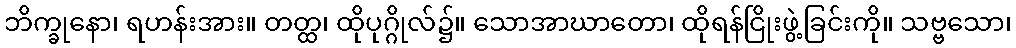
ဘိက္ခုနော၊ ရဟန်းအား။ တတ္ထ၊ ထိုပုဂ္ဂိုလ်၌။ သောအာဃာတော၊ ထိုရန်ငြိုးဖွဲ့ခြင်းကို။ သဗ္ဗသော၊